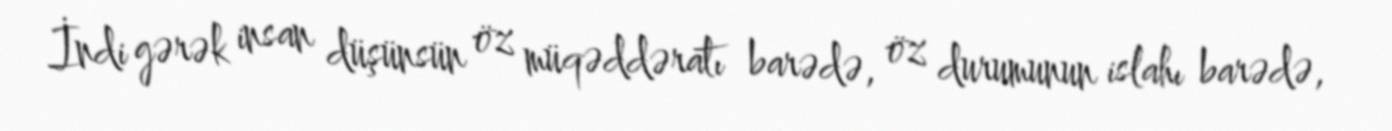
İndi gərək insan düşünsün öz müqəddəratı barədə, öz durumunun islahı barədə,